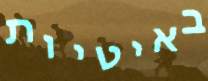
באיטיות